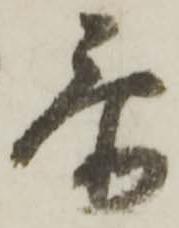
忝